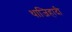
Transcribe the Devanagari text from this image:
थाजिहादी